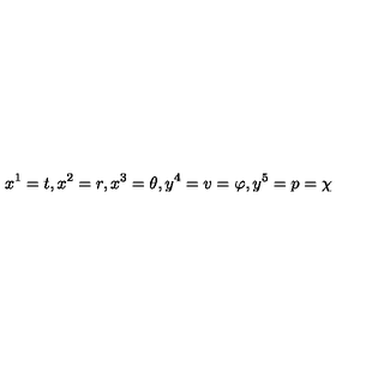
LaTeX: x ^ { 1 } = t , x ^ { 2 } = r , x ^ { 3 } = \theta , y ^ { 4 } = v = \varphi , y ^ { 5 } = p = \chi